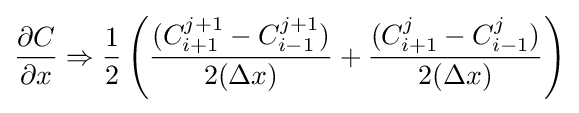
{\frac {\partial C}{\partial x}}\Rightarrow {\frac {1}{2}}\left({\frac {(C_{i+1}^{j+1}-C_{i-1}^{j+1})}{2(\Delta x)}}+{\frac {(C_{i+1}^{j}-C_{i-1}^{j})}{2(\Delta x)}}\right)